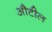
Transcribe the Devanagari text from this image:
औटील